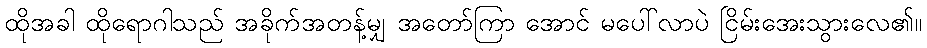
ထိုအခါ ထိုရောဂါသည် အခိုက်အတန့်မျှ အတော်ကြာ အောင် မပေါ်လာပဲ ငြိမ်းအေးသွားလေ၏။